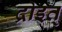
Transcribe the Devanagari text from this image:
द्रोइत्